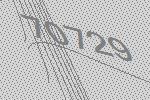
70729